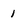
Character: 1